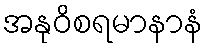
အနုဝိစရမာနာနံ